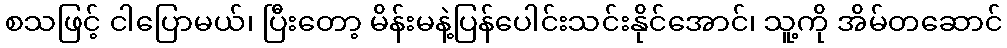
စသဖြင့် ငါပြောမယ်၊ ပြီးတော့ မိန်းမနဲ့ပြန်ပေါင်းသင်းနိုင်အောင်၊ သူ့ကို အိမ်တဆောင်